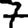
Digit: 7